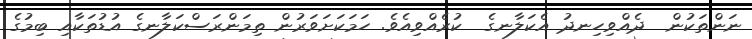
ނަންތަކުން  ދެއްވިހިނދު އެކަލާނގެ  ކުރެއްވިއެވެ. ހަމަކަށަވަރުން ތިމަންރަސްކަލާނގެ އުޑުތަކާއި ބިމުގެ